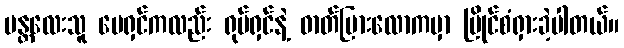
မန္တလေးသူ မေရှင်ကလည်း ရုပ်ရှင်နဲ့ ဓာတ်ပြားလောကမှာ ပြိုင်စံရှားခဲ့ပါတယ်။